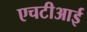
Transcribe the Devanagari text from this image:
एचटीआई